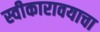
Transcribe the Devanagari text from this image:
स्वीकारावयाचा